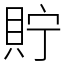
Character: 貯